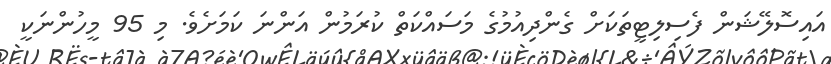
އައިސޮލޭޝަން ފެސިލިޓީތަކަށް ގެންދިއުމުގެ މަސައްކަތް ކުރަމުން އަންނަ ކަމަށެވެ. މި 95 މީހުންނަކީ